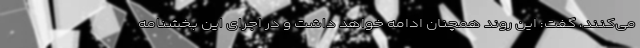
می‌کنند، گفت: این روند همچنان ادامه خواهد داشت و در اجرای این بخشنامه